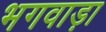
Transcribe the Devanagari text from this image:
भगवाड़ा